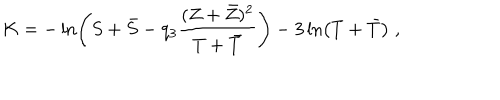
K = - \ln \left( S + \bar { S } - q _ { 3 } \frac { ( Z + \bar { Z } ) ^ { 2 } } { T + \bar { T } } \right) - 3 \ln \left( T + \bar { T } \right) \; ,